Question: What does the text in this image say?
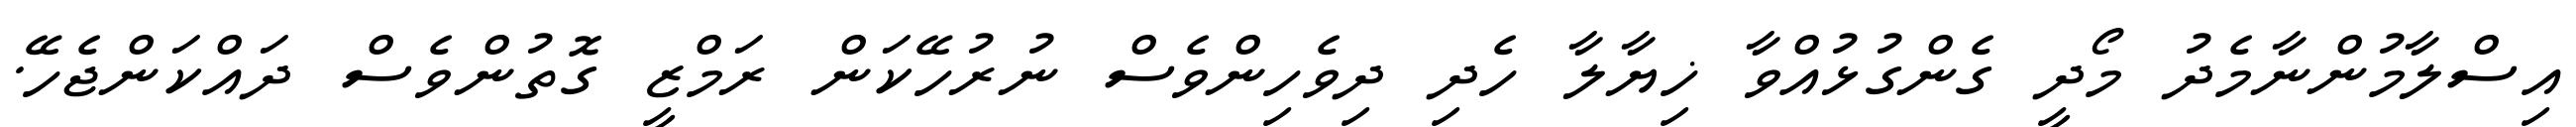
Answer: އިސްލާމުންނާމެދު މޯދީ ގެންގުޅުއްވާ ޚިޔާލާ ހެދި ދިވެހިންވެސް ނުރުހޭކަން ރަމްޒީ ގޮތުންވެސް ދައްކަންޖެހޭ.